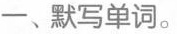
一、默写单词。